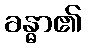
ခန္ဓာ၏